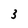
Character: 3